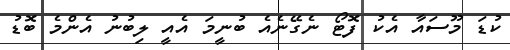
ކުޑަ މޫސައާ އެކު ފޮޓޯ ނެގޭނެއެ ބުނީމަ އެއީ ލިބުނު އެންމެ ބޮޑު